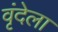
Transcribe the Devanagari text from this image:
वृंदेला